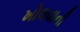
ખોલવાની